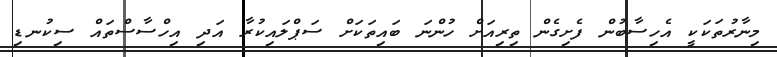
މިނާރުތަކަކީ އެހިސާބުން ފެށިގެން ތިރިއަށް ހުންނަ ބައިތަކަށް ސަޕްލައިކުރާ އަދި އިހްސާސްތައް ސިކުނޑި